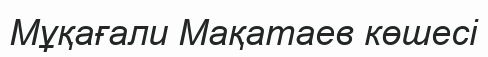
Мұқағали Мақатаев көшесі